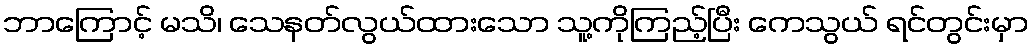
ဘာကြောင့် မသိ၊ သေနတ်လွယ်ထားသော သူ့ကိုကြည့်ပြီး ကေသွယ် ရင်တွင်းမှာ